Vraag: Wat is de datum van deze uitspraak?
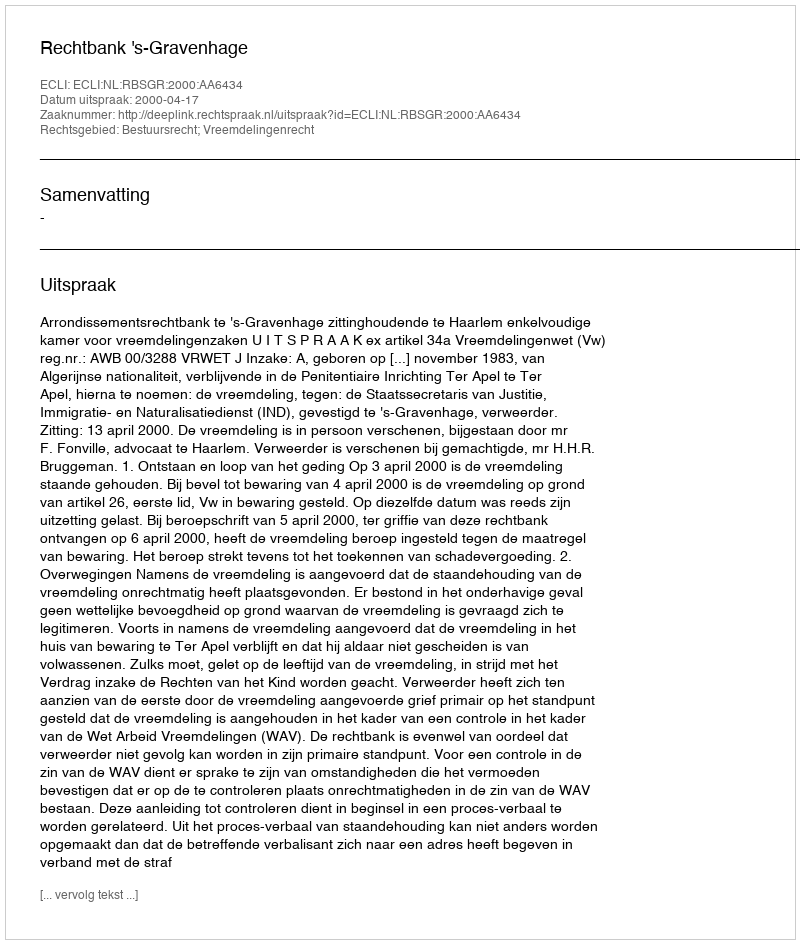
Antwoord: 2000-04-17